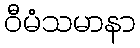
ဝီမံသမာနာ